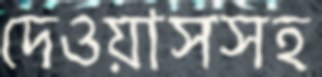
দেওয়াসসহ